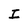
Character: I